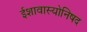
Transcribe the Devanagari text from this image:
ईशावास्योनिषद